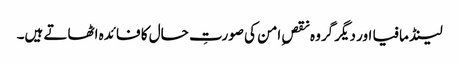
لینڈ مافیا اور دیگر گروہ نقصِ امن کی صورتِ حال کا فائدہ اٹھاتے ہیں۔